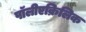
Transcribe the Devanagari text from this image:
पॉलीएक्रिलिक